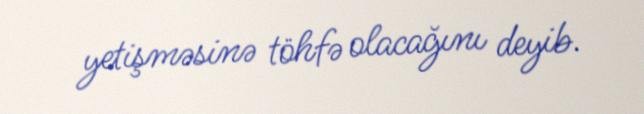
yetişməsinə töhfə olacağını deyib.